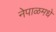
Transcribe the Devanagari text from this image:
नेपाळमधे